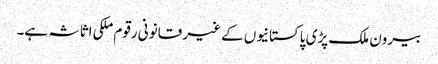
بیرون ملک پڑی پاکستانیوں کے غیر قانونی رقوم ملکی اثاثہ ہے۔